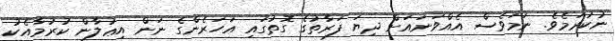
ނުކުރަމެވެ. ނަމަވެސް އެއްވަނައަށް ދިޔަ ފަރާތުގެ ގޮތުގައި އަހަރެންގެ ނަން އިޢުލާން ކުރުމާއެކު